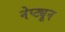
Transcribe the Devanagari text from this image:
नेप्ट्यून